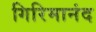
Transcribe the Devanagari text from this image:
गिरिमानंद